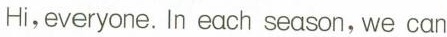
Hi, everyone. In each season, we can